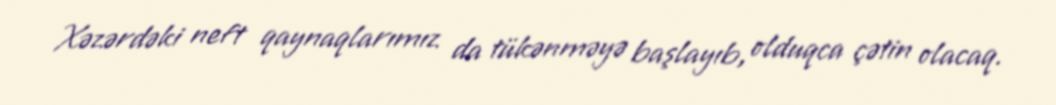
Xəzərdəki neft qaynaqlarımız da tükənməyə başlayıb, olduqca çətin olacaq.